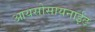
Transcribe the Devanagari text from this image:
आयसोसायनाईट